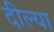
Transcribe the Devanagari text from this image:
दील्या